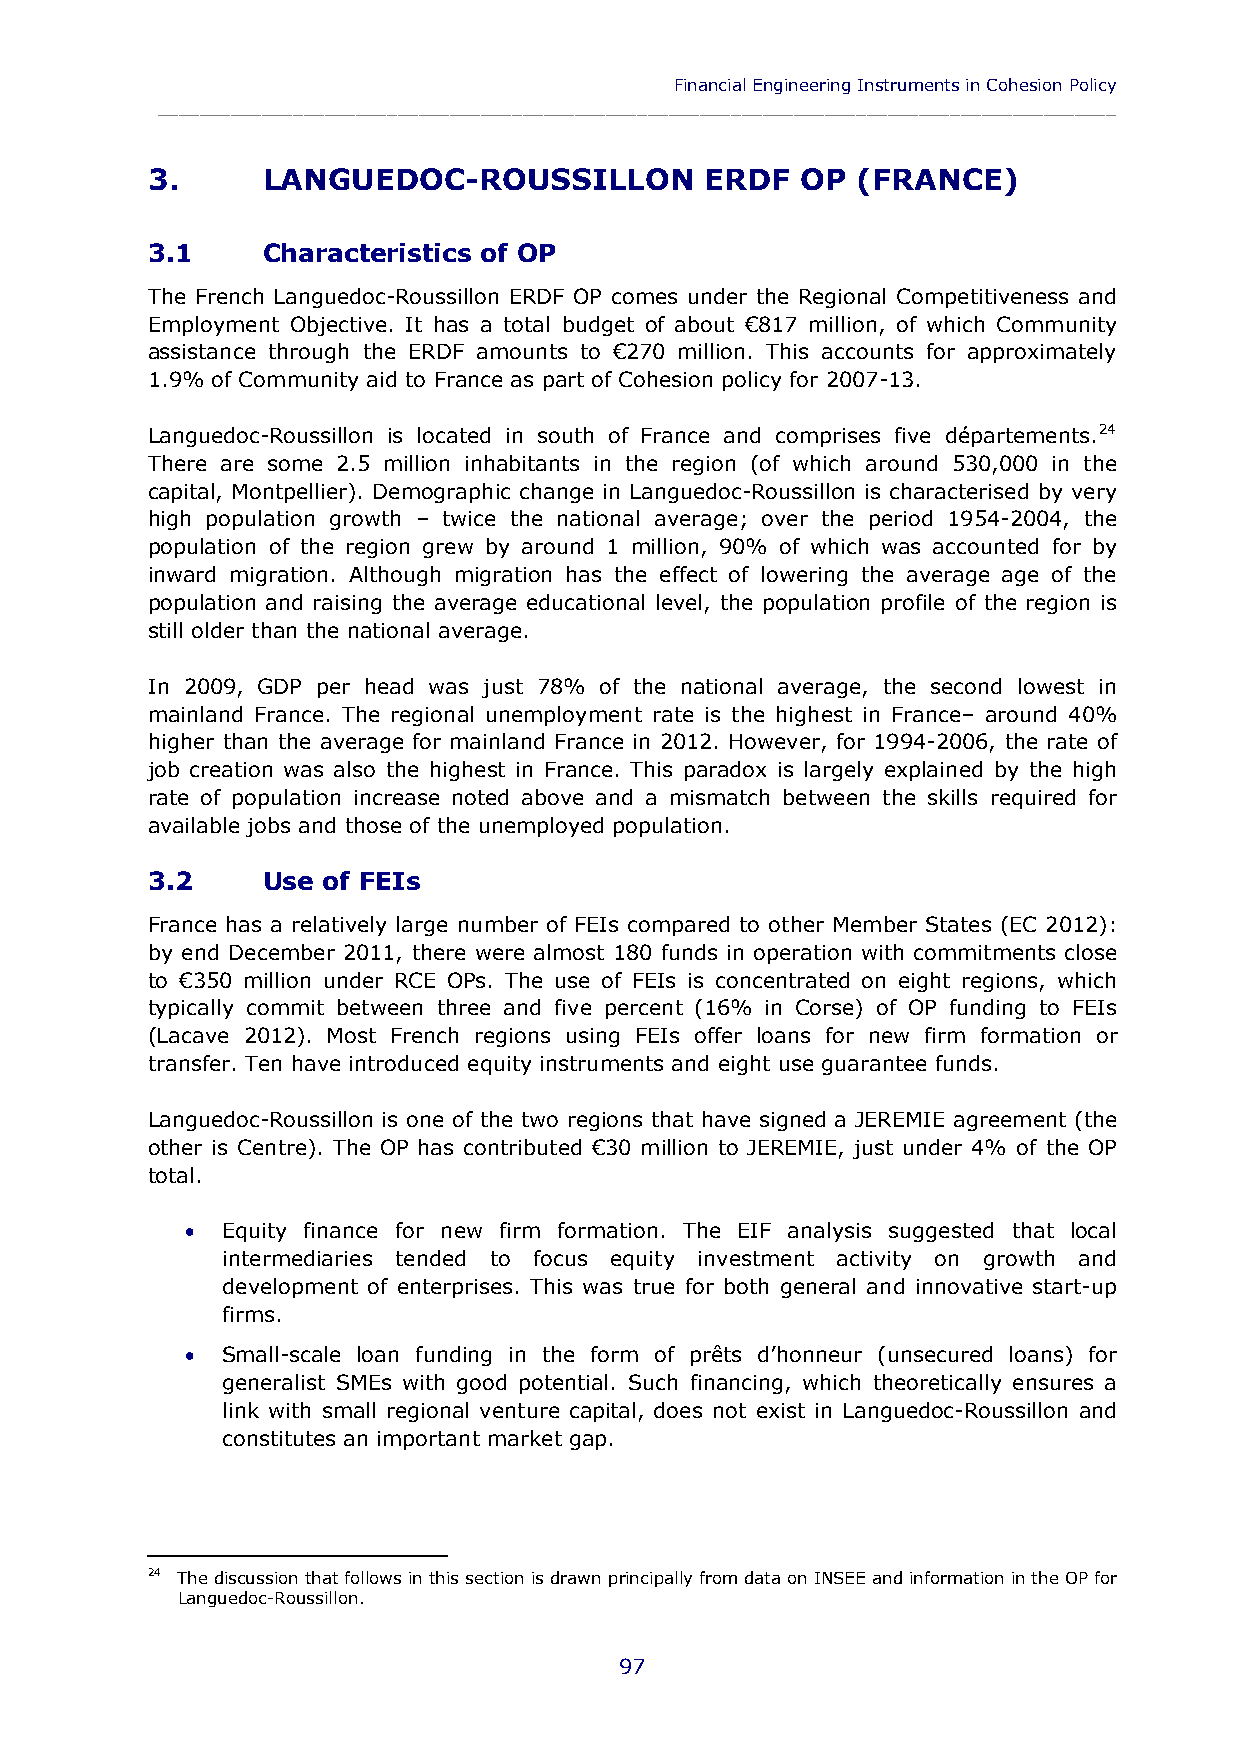
Financial Engineering Instruments in Cohesion Policy
 ____________________________________________________________________________________________
 3.     LANGUEDOC-ROUSSILLON          ERDF  OP  (FRANCE)
 3.1    Characteristics of OP
 The French Languedoc-Roussillon ERDF OP comes under the Regional Competitiveness and
 Employment Objective. It has a total budget of about €817 million, of which Community
 assistance through the ERDF amounts to €270 million. This accounts for approximately
 1.9% of Community aid to France as part of Cohesion policy for 2007-13.
 Languedoc-Roussillon is located in south of France and comprises five départements.24
 There are some 2.5 million inhabitants in the region (of which around 530,000 in the
 capital, Montpellier). Demographic change in Languedoc-Roussillon is characterised by very
 high population growth – twice the national average; over the period 1954-2004, the
 population of the region grew by around 1 million, 90% of which was accounted for by
 inward migration. Although migration has the effect of lowering the average age of the
 population and raising the average educational level, the population profile of the region is
 still older than the national average.
 In 2009, GDP per head was just 78% of the national average, the second lowest in
 mainland France. The regional unemployment rate is the highest in France– around 40%
 higher than the average for mainland France in 2012. However, for 1994-2006, the rate of
 job creation was also the highest in France. This paradox is largely explained by the high
 rate of population increase noted above and a mismatch between the skills required for
 available jobs and those of the unemployed population.
 3.2    Use of FEIs
 France has a relatively large number of FEIs compared to other Member States (EC 2012):
 by end December 2011, there were almost 180 funds in operation with commitments close
 to €350 million under RCE OPs. The use of FEIs is concentrated on eight regions, which
 typically commit between three and five percent (16% in Corse) of OP funding to FEIs
 (Lacave 2012). Most French regions using FEIs offer loans for new firm formation or
 transfer. Ten have introduced equity instruments and eight use guarantee funds.
 Languedoc-Roussillon is one of the two regions that have signed a JEREMIE agreement (the
 other is Centre). The OP has contributed €30 million to JEREMIE, just under 4% of the OP
 total.
   Equity finance for new firm formation. The EIF analysis suggested that local
 intermediaries tended to focus equity investment activity on growth and
 development of enterprises. This was true for both general and innovative start-up
 firms.
   Small-scale loan funding in the form of prêts d’honneur (unsecured loans) for
 generalist SMEs with good potential. Such financing, which theoretically ensures a
 link with small regional venture capital, does not exist in Languedoc-Roussillon and
 constitutes an important market gap.
 24 The discussion that follows in this section is drawn principally from data on INSEE and information in the OP for
 Languedoc-Roussillon.
 97